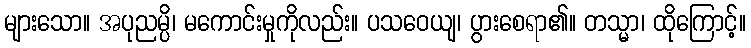
များသော။ အပုညမ္ပိ၊ မကောင်းမှုကိုလည်း။ ပသဝေယျ၊ ပွားစေရာ၏။ တသ္မာ၊ ထိုကြောင့်။